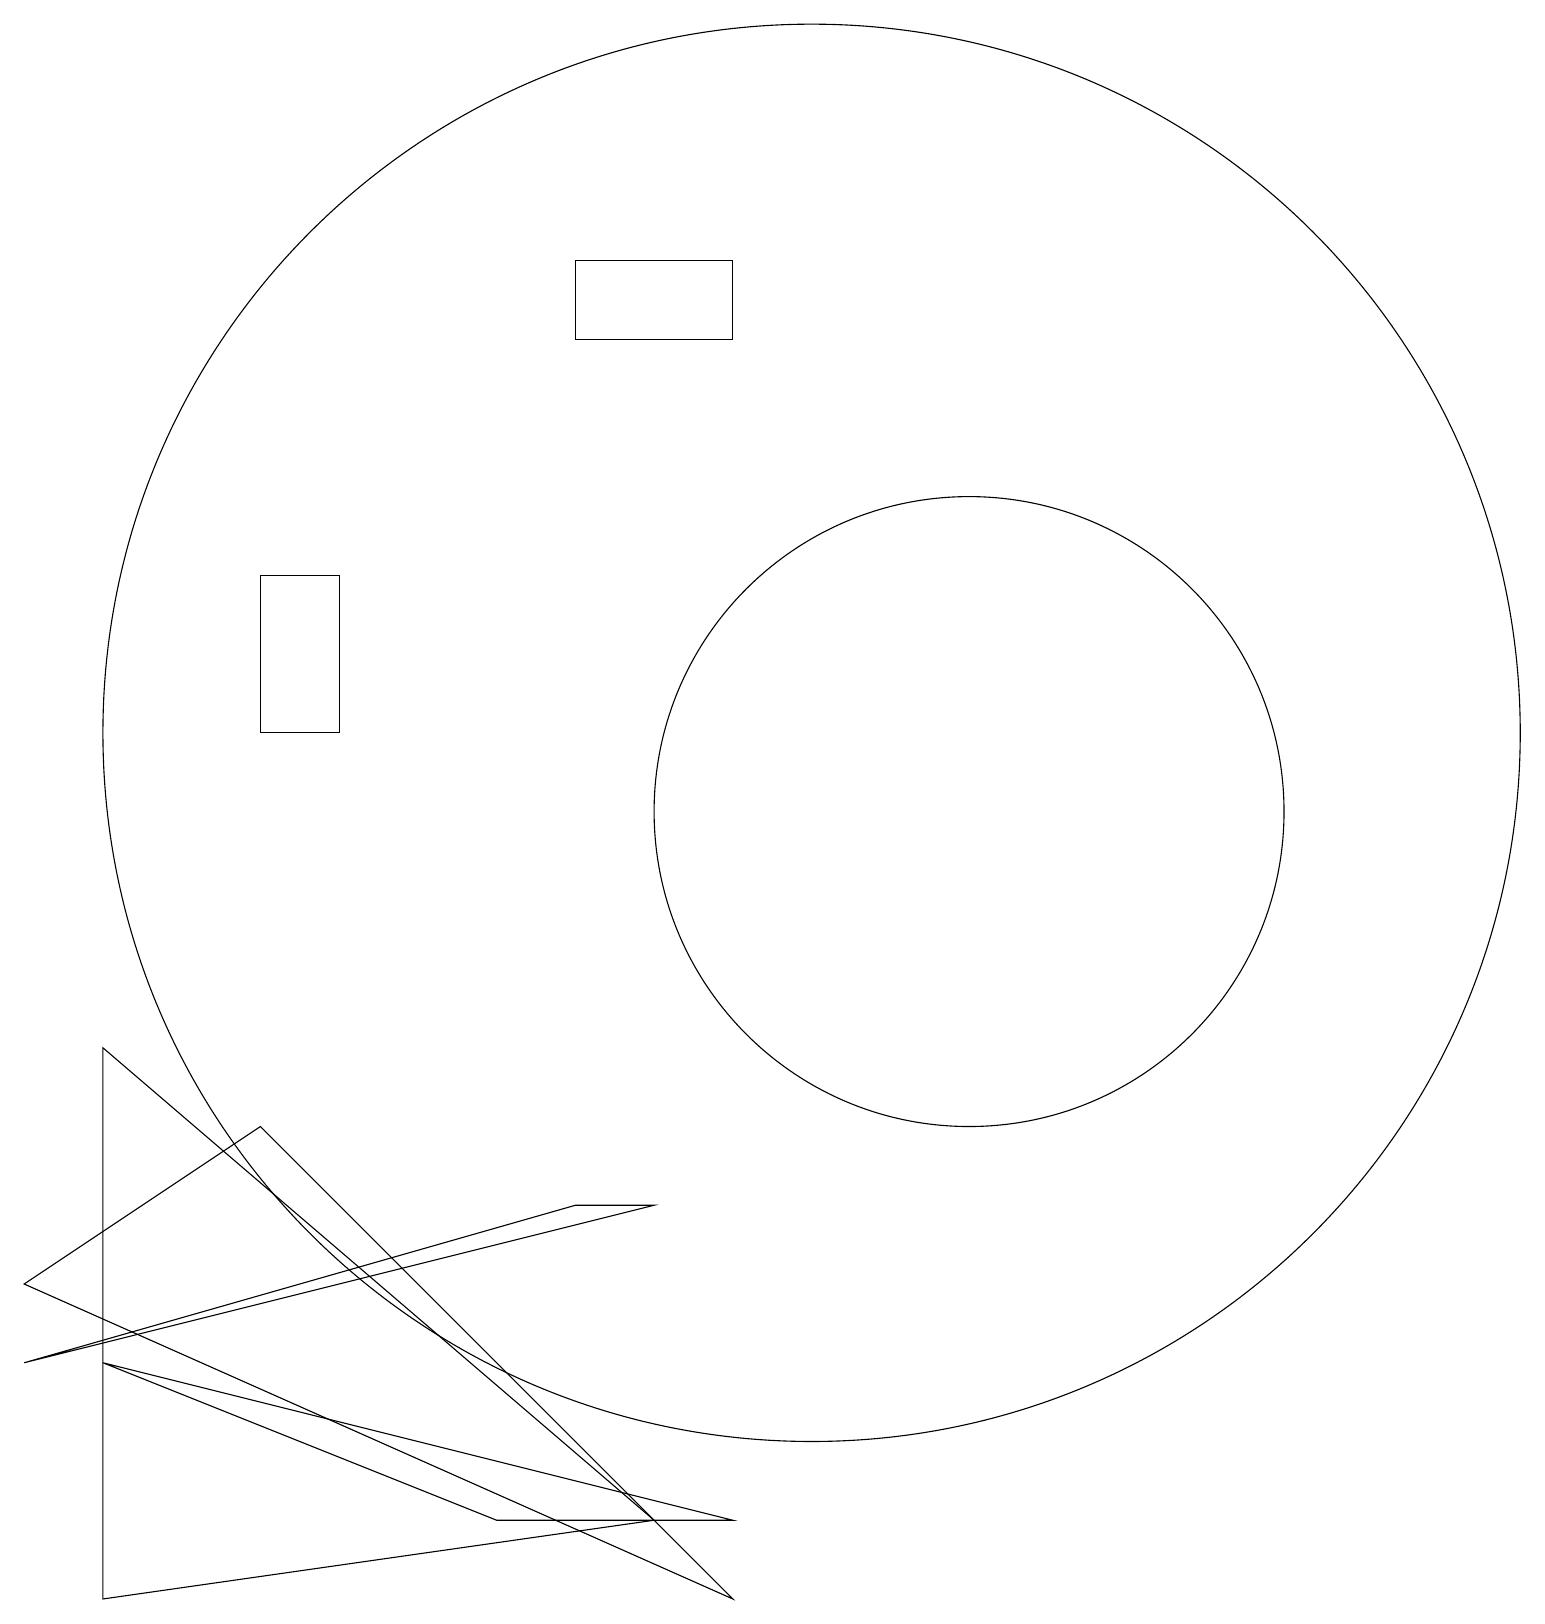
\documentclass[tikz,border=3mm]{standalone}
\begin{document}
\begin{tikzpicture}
\draw (10,11) circle (9);
\draw (12,10) circle (4);
\draw (4,13) rectangle (3,11);
\draw (9,17) rectangle (7,16);
\draw (1,3) -- (6,1) -- (9,1) -- cycle;
\draw (0,3) -- (7,5) -- (8,5) -- cycle;
\draw (1,0) -- (1,7) -- (8,1) -- cycle;
\draw (9,0) -- (0,4) -- (3,6) -- cycle;
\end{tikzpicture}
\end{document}